Report on sanitation, dispensaries, and jails in Rajputana for 1913, and on vaccination for the year 1913-1914 - 1913-1914
Year: 1913
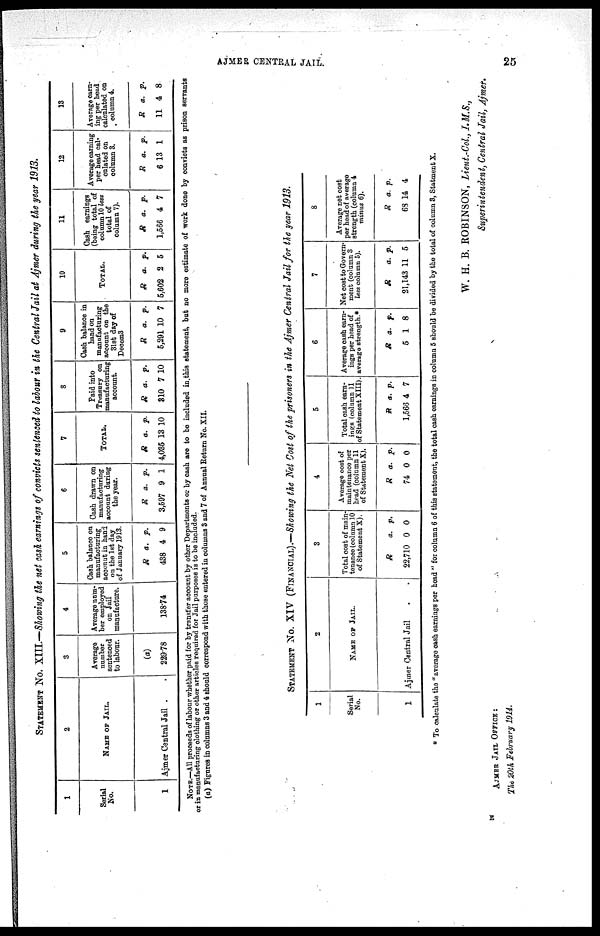
AJMER CENTRAL JAIL.
25
STATEMENT No. XIII.—Showing the net cash earnings of convicts sentenced to labour in the Central Jail at Ajmer during the year 1913.
1
Serial
No.
1
2
NAME OF JAIL.
Ajmer Central Jail .
3
Average
number
sentenced
to labour.
(a)
289.78
4
Average num¬
ber employed
on Jail
manufacture.
138.74
5
Cash balance on
manufacturing
account in hand
on the 1st day
of January 1913.
R
438
a.
4
p.
9
6
Cash drawn on
manufacturing
account daring
the year.
R
3,597
a.
9
p.
1
7
TOTAL.
R
4,035
a.
13
p.
10
8
Paid into
Treasury on
manufacturing
account.
R
310
a.
7
p.
10
9
Cash balance in
hand on
manufacturing
account on the
31st day of
Decem3
R
5,291
a.
10
p.
7
10
TOTAL.
R
5,602
a.
2
p.
5
11
Cash earnings
(being total of
column 10 less
total of
column 7).
R
1,566
a.
4
p.
7
12
Average earning
per head cal-
culated on
column 3.
R
6
a.
13
p.
1
18
Average earn¬
ing per head
calculated on
column 4.
R
11
a.
4
p.
8
NOTE.—All proceeds of labour whether paid for by transfer account by other Departments or by cash are to be included in this statement, but no more estimate of work done by convicts as prison servants
or in manufacturing clothing or other articles required for Jail purposes is to be included.
(a) Figures in columns 3 and 4 should correspond with those entered in columns 3 and 7 of Annual Return No. XII.
STATEMENT No. XIV (FINANCIAL).—Showing the Net Cost of the prisoners in the Ajmer Central Jail for the year 1913.
1
Serial
No.
1
2
NAME OF JAIL.
Ajmer Central Jail . .
3
Total cost of main¬
tenance (column 10
of Statement X).
R
22,710
a.
0
p.
0
4
Average cost of
maintenance per
head (column 11
of Statement X).
R
74
a.
0
p.
0
5
Total cash earn-
ings (column 11
of Statement XIII).
R
1,566
a.
4
p.
7
6
Average cash earn-
ings per head of
average strength.*
R
5
a.
1
p.
8
7
Net cost to Govern-
ment (column 3
less column 5).
R
21,143
a.
11
p.
5
8
Average net cost
per head of average
strength (column 4
minus 6).
R
63
a.
14
p.
4
To calculate the " average cash earnings per head " for column 6 of this statement, the total cash earnings in column 5 should be divided by the total of column 3, Statment X.
W. H. B. ROBINSON, Lieut.-Col., I.M.S.,
Superintendent, Central Jail, Ajmer.
AJMER JAIL OFFICE :
The 20th February 1914.
K